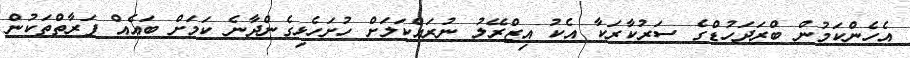
އެހެންކަމުން ބްރަދަހުޑްގެ ސަރުކާރަކާ އެކު އިޒްރޭލު ނުރައްކަލަށް ހުށަހެޅިގެންދާނެ ކަމަށް ބައެއް ފަރާތްތަކުން